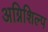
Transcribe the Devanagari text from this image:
अग्निशिल्प